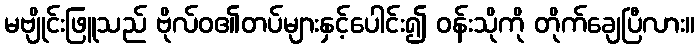
မဗျိုင်းဖြူသည် ဗိုလ်ဝ၏တပ်များနှင့်ပေါင်း၍ ဝန်းသိုကို တိုက်ချေပြီလား။